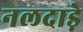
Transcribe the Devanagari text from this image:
नलदाड़े